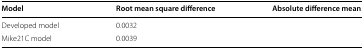
<table><thead><tr><td><b>Model</b></td><td><b>Root mean square difference</b></td><td><b>Absolute difference mean</b></td></tr></thead><tbody><tr><td>Developed model</td><td>0.0032</td><td>[EMPTY_CELL]</td></tr><tr><td>Mike21C model</td><td>0.0039</td><td>[EMPTY_CELL]</td></tr></tbody></table>